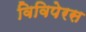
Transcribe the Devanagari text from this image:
विविपेरस